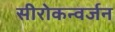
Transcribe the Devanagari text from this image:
सीरोकन्वर्जन